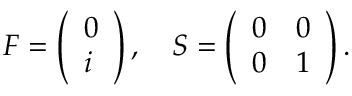
F = \left( \begin{array} { l } { 0 } \\ { i } \end{array} \right) , \quad S = \left( \begin{array} { l l } { 0 } & { 0 } \\ { 0 } & { 1 } \end{array} \right) . \, \,